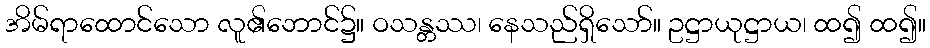
အိမ်ရာထောင်သော လူ၏ဘောင်၌။ ဝသန္တဿ၊ နေသည်ရှိသော်။ ဥဋ္ဌာယုဋ္ဌာယ၊ ထ၍ ထ၍။